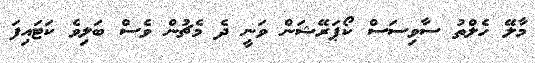
މާލޭ ހެލްތު ސާވިސަސް ކޯޕަރޭޝަން ވަނީ ދެ މެޗުން ވެސް ބަލިވެ ކަޓައިފަ